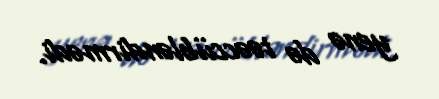
yenə də təəccübləndirmədi.